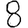
Digit: 8